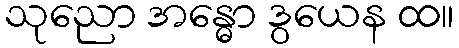
သုညော အန္ဓော ဒွယေန ထ။